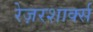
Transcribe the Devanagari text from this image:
रेज़रशार्क्स